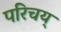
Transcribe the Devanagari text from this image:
परिचय्